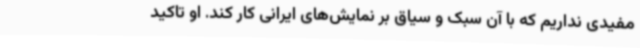
مفیدی نداریم که با آن سبک و سیاق بر نمایش‌های ایرانی کار کند. او تاکید